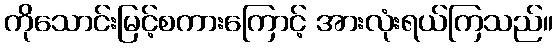
ကိုသောင်းမြင့်စကားကြောင့် အားလုံးရယ်ကြသည်။